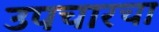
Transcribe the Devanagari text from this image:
उपचारचा